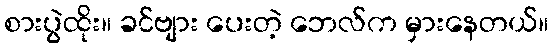
စားပွဲထိုး။ ခင်ဗျား ပေးတဲ့ ဘေလ်က မှားနေတယ်။